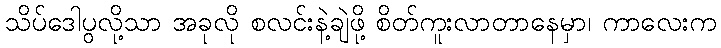
သိပ်ဒေါပွလို့သာ အခုလို စလင်းနဲ့ချဲဖို့ စိတ်ကူးလာတာနေမှာ၊ ကာလေးက